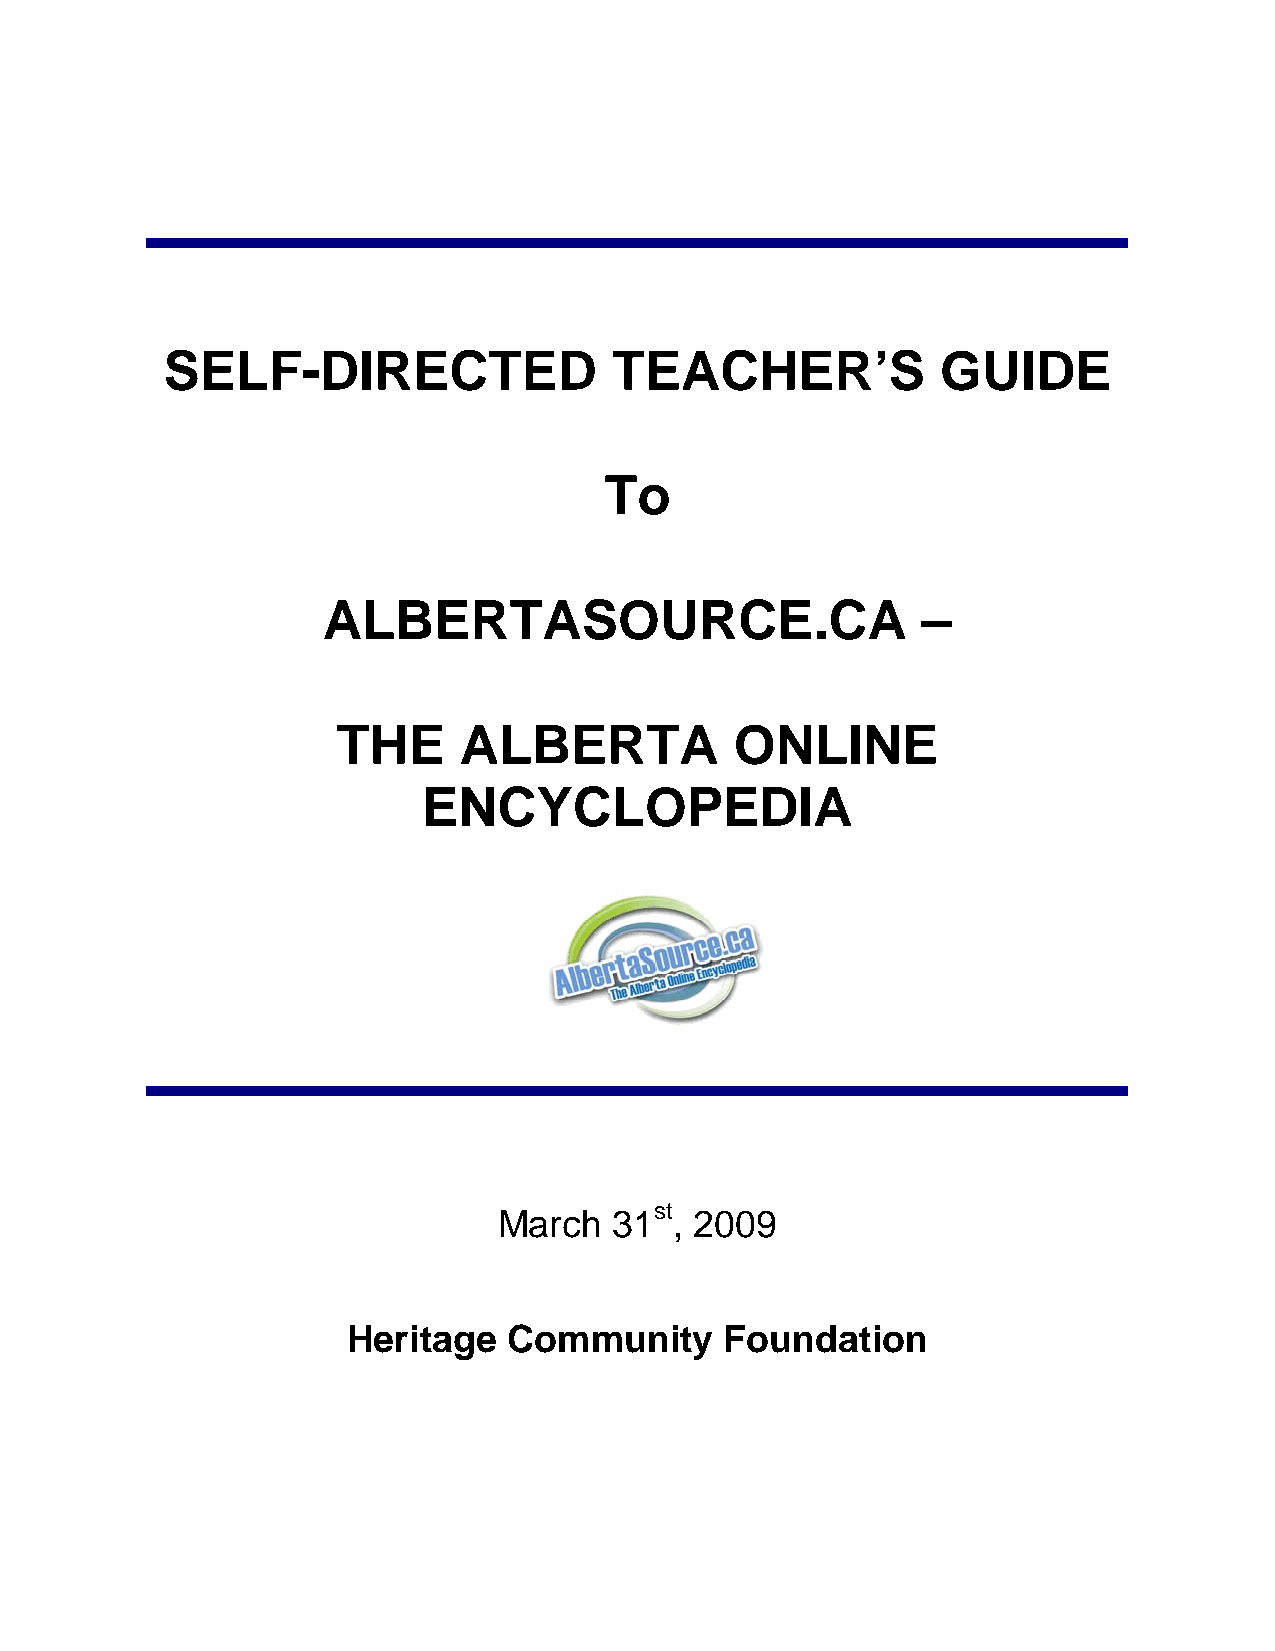
SELF-DIRECTED                 TEACHER’S            GUIDE
 To
 ALBERTASOURCE.CA                        –
 THE     ALBERTA            ONLINE
 ENCYCLOPEDIA
 st
 March   31  , 2009
 Heritage   Community     Foundation